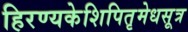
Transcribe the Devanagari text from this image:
हिरण्यकेशिपितृमेधसूत्र